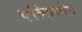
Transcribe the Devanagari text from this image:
एल्सियोन